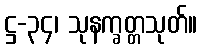
ဋ္ဌ-၃၄၊ သုနက္ခတ္တသုတ်။